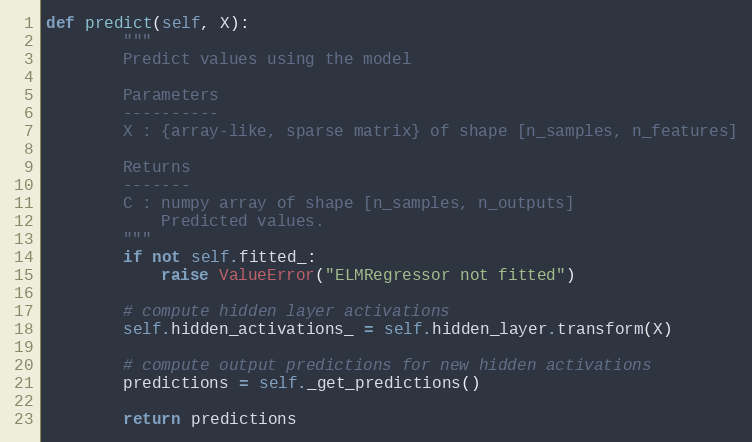
Language: Python
def predict(self, X):
        """
        Predict values using the model

        Parameters
        ----------
        X : {array-like, sparse matrix} of shape [n_samples, n_features]

        Returns
        -------
        C : numpy array of shape [n_samples, n_outputs]
            Predicted values.
        """
        if not self.fitted_:
            raise ValueError("ELMRegressor not fitted")

        # compute hidden layer activations
        self.hidden_activations_ = self.hidden_layer.transform(X)

        # compute output predictions for new hidden activations
        predictions = self._get_predictions()

        return predictions